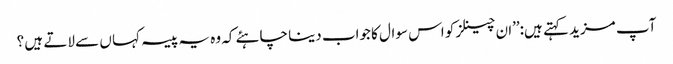
آپ مزید کہتے ہیں:’’ان چینلز کو اس سوال کا جواب دینا چاہئے کہ وہ یہ پیسہ کہا ں سے لاتے ہیں ؟